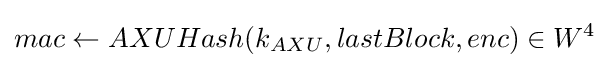
mac\leftarrow AXUHash(k_{AXU},lastBlock,enc)\in W^{4}